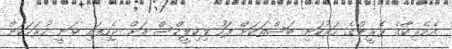
އެމެރިކާގެ ވެރީންގެ ހަރުކަށި ބަސްތަކަށް ފަހު ވިކިލީކްސް އަށް ޖެހިފައި ވަނީ ހުރަހަކަށް